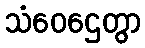
သံဝေဌေတွာ